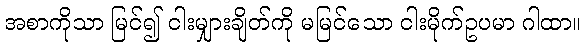
အစာကိုသာ မြင်၍ ငါးမျှားချိတ်ကို မမြင်သော ငါးမိုက်ဥပမာ ဂါထာ။